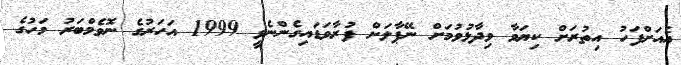
އެއަށްފަހު އިތުރަށް ކިޔަވާ ވިދާޅުވުމަށް ނޭޕާލަށް ފުރާވަޑައިގެންނެވީ 1999 އަހަރުގެ ނޮވެމްބަރު މަހުގެ